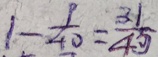
1 - \frac { 9 } { 4 0 } = \frac { 3 1 } { 4 0 }